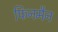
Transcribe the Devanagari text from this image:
फिनमैन